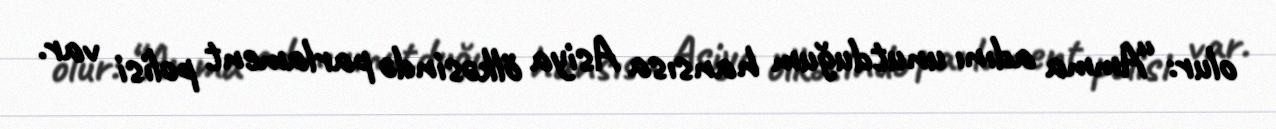
olur: “Amma adını unutduğum hansısa Asiya ölkəsində parlament polisi var.